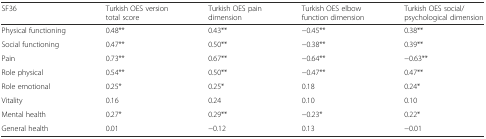
<table><thead><tr><td><b>SF36</b></td><td><b>Turkish OES version total score</b></td><td><b>Turkish OES pain dimension</b></td><td><b>Turkish OES elbow function dimension</b></td><td><b>Turkish OES social/psychological dimension</b></td></tr></thead><tbody><tr><td>Physical functioning</td><td>0.48**</td><td>0.43**</td><td>−0.45**</td><td>0.38**</td></tr><tr><td>Social functioning</td><td>0.47**</td><td>0.50**</td><td>−0.38**</td><td>0.39**</td></tr><tr><td>Pain</td><td>0.73**</td><td>0.67**</td><td>−0.64**</td><td>−0.63**</td></tr><tr><td>Role physical</td><td>0.54**</td><td>0.50**</td><td>−0.47**</td><td>0.47**</td></tr><tr><td>Role emotional</td><td>0.25*</td><td>0.25*</td><td>0.18</td><td>0.24*</td></tr><tr><td>Vitality</td><td>0.16</td><td>0.24</td><td>0.10</td><td>0.10</td></tr><tr><td>Mental health</td><td>0.27*</td><td>0.29**</td><td>−0.23*</td><td>0.22*</td></tr><tr><td>General health</td><td>0.01</td><td>−0.12</td><td>0.13</td><td>−0.01</td></tr></tbody></table>